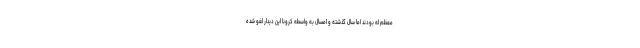
معظم له بودند اما سال گذشته و امسال به واسطه کرونا این دیدار لغو شده